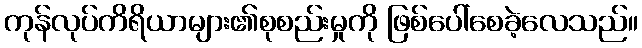
ကုန်လုပ်ကိရိယာများ၏စုစည်းမှုကို ဖြစ်ပေါ်စေခဲ့လေသည်။